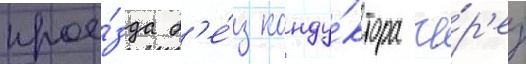
прое́зда б'е́з конду́ктора че́р'ез